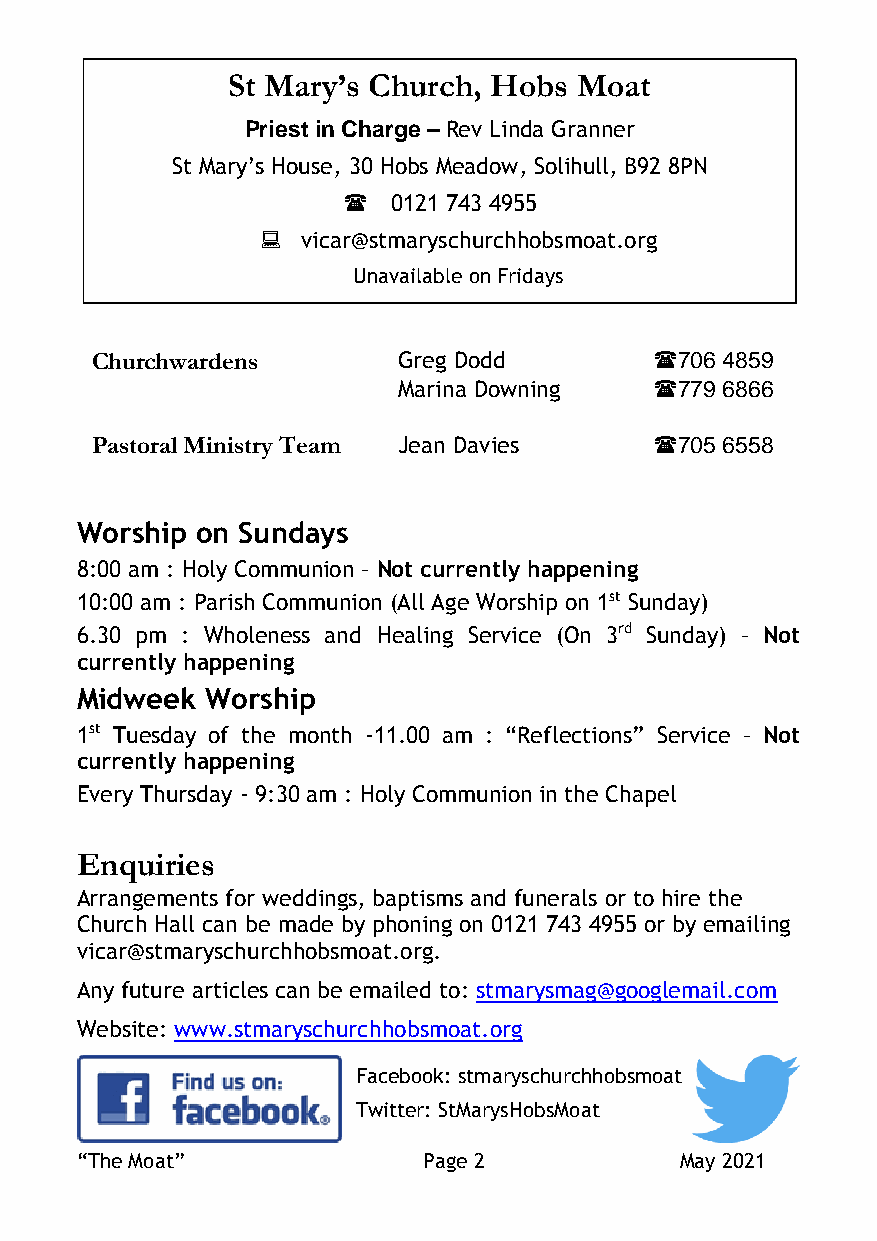
St Mary’s Church, Hobs Moat
 Priest in Charge – Rev Linda Granner
 St Mary’s House, 30 Hobs Meadow, Solihull, B92 8PN
   0121 743 4955
   vicar@stmaryschurchhobsmoat.org
 Unavailable on Fridays
 Churchwardens       Greg Dodd        706 4859
 Marina Downing   779 6866
 Pastoral Ministry Team Jean Davies   705 6558
 Worship on Sundays
 8:00 am : Holy Communion – Not currently happening
 10:00 am : Parish Communion (All Age Worship on 1st Sunday)
 6.30 pm : Wholeness and Healing Service (On 3rd Sunday) – Not
 currently happening
 Midweek  Worship
 1st Tuesday of the month -11.00 am : “Reflections” Service – Not
 currently happening
 Every Thursday - 9:30 am : Holy Communion in the Chapel
 Enquiries
 Arrangements for weddings, baptisms and funerals or to hire the
 Church Hall can be made by phoning on 0121 743 4955 or by emailing
 vicar@stmaryschurchhobsmoat.org.
 Any future articles can be emailed to: stmarysmag@googlemail.com
 Website: www.stmaryschurchhobsmoat.org
 Facebook: stmaryschurchhobsmoat
 Twitter: StMarysHobsMoat
 “The Moat”             Page 2           May 2021